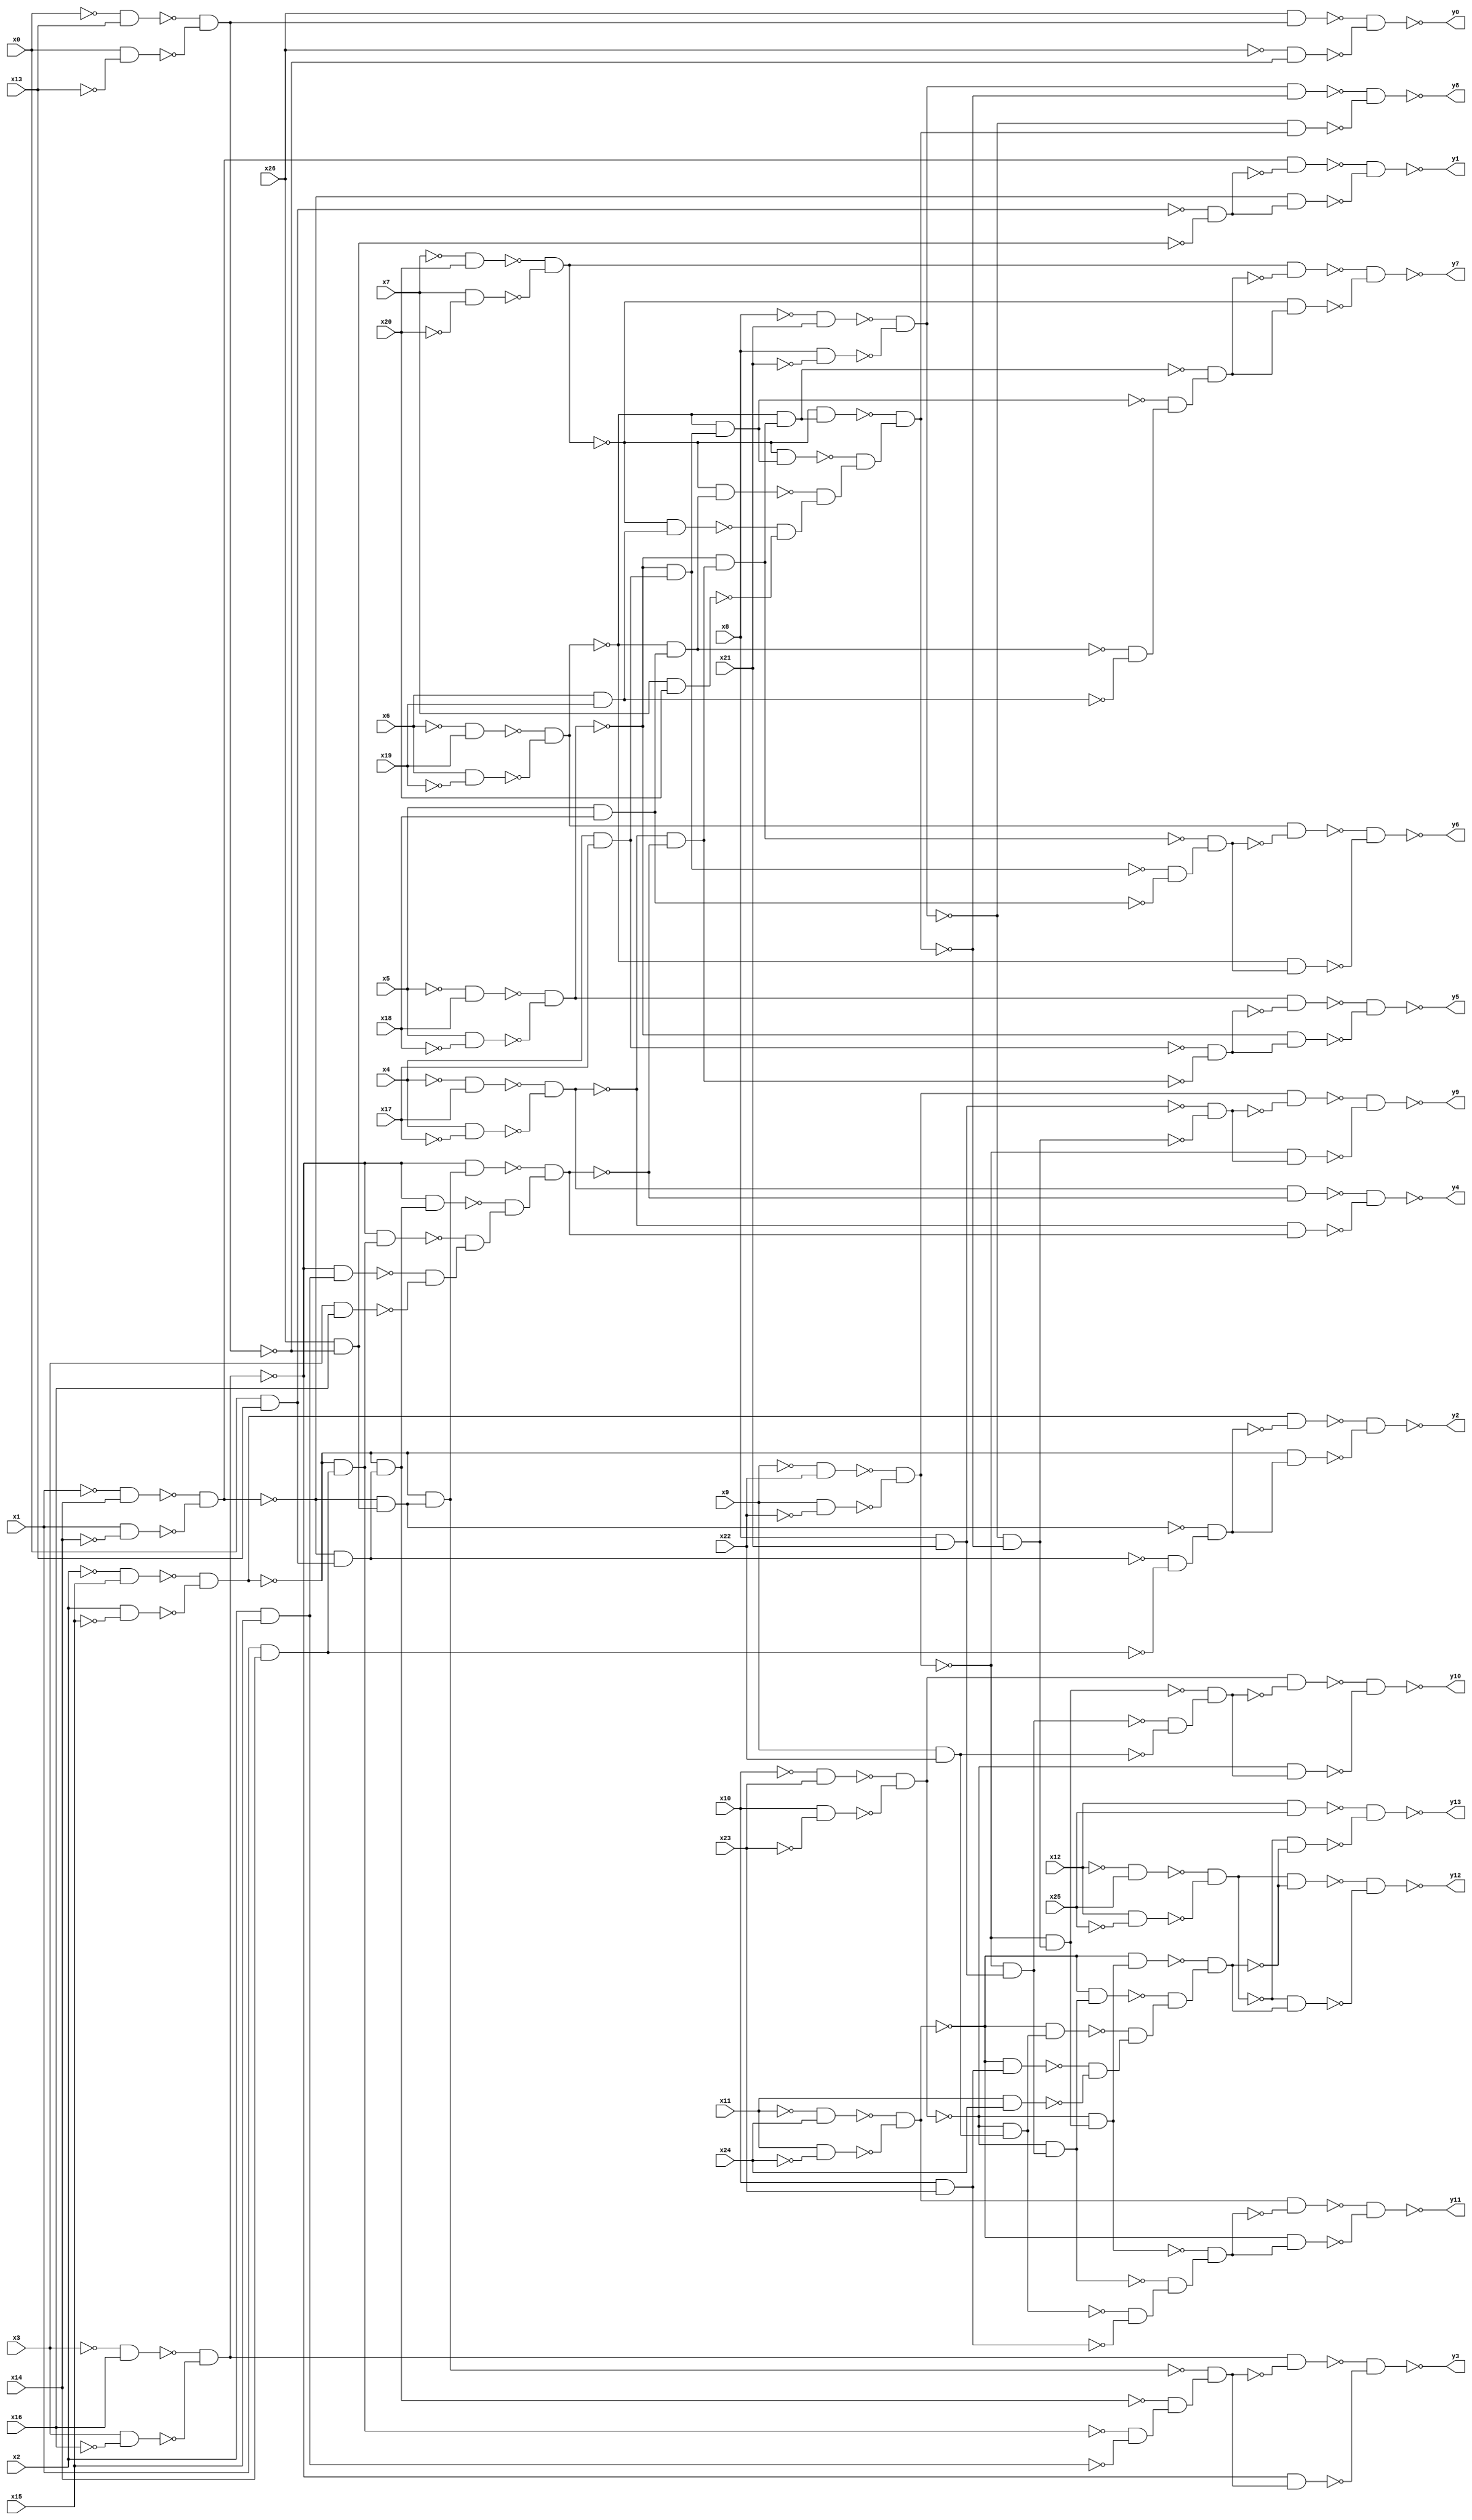
module top(x0, x1, x2, x3, x4, x5, x6, x7, x8, x9, x10, x11, x12, x13, x14, x15, x16, x17, x18, x19, x20, x21, x22, x23, x24, x25, x26, y0, y1, y2, y3, y4, y5, y6, y7, y8, y9, y10, y11, y12, y13);
  input x0, x1, x2, x3, x4, x5, x6, x7, x8, x9, x10, x11, x12, x13, x14, x15, x16, x17, x18, x19, x20, x21, x22, x23, x24, x25, x26;
  output y0, y1, y2, y3, y4, y5, y6, y7, y8, y9, y10, y11, y12, y13;
  wire n28, n29, n30, n31, n32, n33, n34, n35, n36, n37, n38, n39, n40, n41, n42, n43, n44, n45, n46, n47, n48, n49, n50, n51, n52, n53, n54, n55, n56, n57, n58, n59, n60, n61, n62, n63, n64, n65, n66, n67, n68, n69, n70, n71, n72, n73, n74, n75, n76, n77, n78, n79, n80, n81, n82, n83, n84, n85, n86, n87, n88, n89, n90, n91, n92, n93, n94, n95, n96, n97, n98, n99, n100, n101, n102, n103, n104, n105, n106, n107, n108, n109, n110, n111, n112, n113, n114, n115, n116, n117, n118, n119, n120, n121, n122, n123, n124, n125, n126, n127, n128, n129, n130, n131, n132, n133, n134, n135, n136, n137, n138, n139, n140, n141, n142, n143, n144, n145, n146, n147, n148, n149, n150, n151, n152, n153, n154, n155, n156, n157, n158, n159, n160, n161, n162, n163, n164, n165, n166, n167, n168, n169, n170, n171, n172, n173, n174, n175, n176, n177, n178, n179, n180;
  assign n28 = ~x0 & x13;
  assign n29 = x0 & ~x13;
  assign n30 = ~n28 & ~n29;
  assign n31 = x26 & n30;
  assign n32 = ~x26 & ~n30;
  assign n33 = ~n31 & ~n32;
  assign n34 = ~x1 & x14;
  assign n35 = x1 & ~x14;
  assign n36 = ~n34 & ~n35;
  assign n37 = x0 & x13;
  assign n38 = x26 & ~n30;
  assign n39 = ~n37 & ~n38;
  assign n40 = n36 & ~n39;
  assign n41 = ~n36 & n39;
  assign n42 = ~n40 & ~n41;
  assign n43 = ~x2 & x15;
  assign n44 = x2 & ~x15;
  assign n45 = ~n43 & ~n44;
  assign n48 = ~n36 & n38;
  assign n46 = ~n36 & n37;
  assign n47 = x1 & x14;
  assign n49 = ~n46 & ~n47;
  assign n50 = ~n48 & n49;
  assign n51 = n45 & ~n50;
  assign n52 = ~n45 & n50;
  assign n53 = ~n51 & ~n52;
  assign n54 = ~x3 & x16;
  assign n55 = x3 & ~x16;
  assign n56 = ~n54 & ~n55;
  assign n60 = ~n45 & n48;
  assign n58 = ~n45 & n46;
  assign n57 = ~n45 & n47;
  assign n59 = x2 & x15;
  assign n61 = ~n57 & ~n59;
  assign n62 = ~n58 & n61;
  assign n63 = ~n60 & n62;
  assign n64 = n56 & ~n63;
  assign n65 = ~n56 & n63;
  assign n66 = ~n64 & ~n65;
  assign n67 = ~x4 & x17;
  assign n68 = x4 & ~x17;
  assign n69 = ~n67 & ~n68;
  assign n74 = ~n56 & n60;
  assign n72 = ~n56 & n58;
  assign n71 = ~n56 & n57;
  assign n70 = ~n56 & n59;
  assign n73 = x3 & x16;
  assign n75 = ~n70 & ~n73;
  assign n76 = ~n71 & n75;
  assign n77 = ~n72 & n76;
  assign n78 = ~n74 & n77;
  assign n79 = n69 & ~n78;
  assign n80 = ~n69 & n78;
  assign n81 = ~n79 & ~n80;
  assign n82 = ~x5 & x18;
  assign n83 = x5 & ~x18;
  assign n84 = ~n82 & ~n83;
  assign n85 = x4 & x17;
  assign n86 = ~n69 & ~n78;
  assign n87 = ~n85 & ~n86;
  assign n88 = n84 & ~n87;
  assign n89 = ~n84 & n87;
  assign n90 = ~n88 & ~n89;
  assign n91 = ~x6 & x19;
  assign n92 = x6 & ~x19;
  assign n93 = ~n91 & ~n92;
  assign n96 = ~n84 & n86;
  assign n94 = ~n84 & n85;
  assign n95 = x5 & x18;
  assign n97 = ~n94 & ~n95;
  assign n98 = ~n96 & n97;
  assign n99 = n93 & ~n98;
  assign n100 = ~n93 & n98;
  assign n101 = ~n99 & ~n100;
  assign n102 = ~x7 & x20;
  assign n103 = x7 & ~x20;
  assign n104 = ~n102 & ~n103;
  assign n108 = ~n93 & n96;
  assign n106 = ~n93 & n94;
  assign n105 = ~n93 & n95;
  assign n107 = x6 & x19;
  assign n109 = ~n105 & ~n107;
  assign n110 = ~n106 & n109;
  assign n111 = ~n108 & n110;
  assign n112 = n104 & ~n111;
  assign n113 = ~n104 & n111;
  assign n114 = ~n112 & ~n113;
  assign n115 = ~x8 & x21;
  assign n116 = x8 & ~x21;
  assign n117 = ~n115 & ~n116;
  assign n122 = ~n104 & n108;
  assign n120 = ~n104 & n106;
  assign n119 = ~n104 & n105;
  assign n118 = ~n104 & n107;
  assign n121 = x7 & x20;
  assign n123 = ~n118 & ~n121;
  assign n124 = ~n119 & n123;
  assign n125 = ~n120 & n124;
  assign n126 = ~n122 & n125;
  assign n127 = n117 & ~n126;
  assign n128 = ~n117 & n126;
  assign n129 = ~n127 & ~n128;
  assign n130 = ~x9 & x22;
  assign n131 = x9 & ~x22;
  assign n132 = ~n130 & ~n131;
  assign n133 = x8 & x21;
  assign n134 = ~n117 & ~n126;
  assign n135 = ~n133 & ~n134;
  assign n136 = n132 & ~n135;
  assign n137 = ~n132 & n135;
  assign n138 = ~n136 & ~n137;
  assign n139 = ~x10 & x23;
  assign n140 = x10 & ~x23;
  assign n141 = ~n139 & ~n140;
  assign n144 = ~n132 & n134;
  assign n142 = ~n132 & n133;
  assign n143 = x9 & x22;
  assign n145 = ~n142 & ~n143;
  assign n146 = ~n144 & n145;
  assign n147 = n141 & ~n146;
  assign n148 = ~n141 & n146;
  assign n149 = ~n147 & ~n148;
  assign n150 = ~x11 & x24;
  assign n151 = x11 & ~x24;
  assign n152 = ~n150 & ~n151;
  assign n156 = ~n141 & n144;
  assign n154 = ~n141 & n142;
  assign n153 = ~n141 & n143;
  assign n155 = x10 & x23;
  assign n157 = ~n153 & ~n155;
  assign n158 = ~n154 & n157;
  assign n159 = ~n156 & n158;
  assign n160 = n152 & ~n159;
  assign n161 = ~n152 & n159;
  assign n162 = ~n160 & ~n161;
  assign n163 = ~x12 & x25;
  assign n164 = x12 & ~x25;
  assign n165 = ~n163 & ~n164;
  assign n170 = ~n152 & n156;
  assign n168 = ~n152 & n154;
  assign n167 = ~n152 & n153;
  assign n166 = ~n152 & n155;
  assign n169 = x11 & x24;
  assign n171 = ~n166 & ~n169;
  assign n172 = ~n167 & n171;
  assign n173 = ~n168 & n172;
  assign n174 = ~n170 & n173;
  assign n175 = n165 & ~n174;
  assign n176 = ~n165 & n174;
  assign n177 = ~n175 & ~n176;
  assign n178 = x12 & x25;
  assign n179 = ~n165 & ~n174;
  assign n180 = ~n178 & ~n179;
  assign y0 = ~n33;
  assign y1 = ~n42;
  assign y2 = ~n53;
  assign y3 = ~n66;
  assign y4 = ~n81;
  assign y5 = ~n90;
  assign y6 = ~n101;
  assign y7 = ~n114;
  assign y8 = ~n129;
  assign y9 = ~n138;
  assign y10 = ~n149;
  assign y11 = ~n162;
  assign y12 = ~n177;
  assign y13 = ~n180;
endmodule